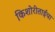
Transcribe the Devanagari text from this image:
किशोरीताईंचा